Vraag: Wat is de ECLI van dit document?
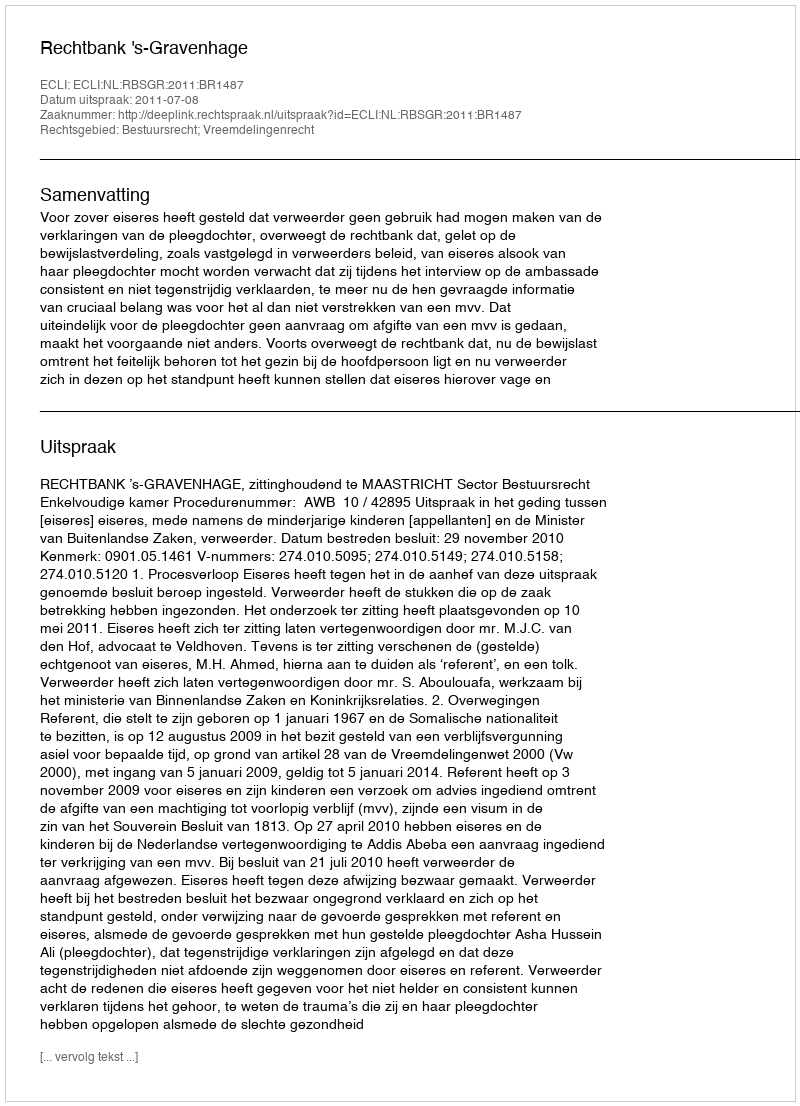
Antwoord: ECLI:NL:RBSGR:2011:BR1487